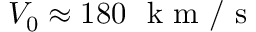
V _ { 0 } \approx 1 8 0 ~ \mathrm { ~ k ~ m ~ / ~ s ~ }